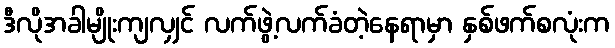
ဒီလိုအခါမျိုးကျလျှင် လက်ဖွဲ့လက်ခံတဲ့နေရာမှာ နှစ်ဖက်စလုံးက